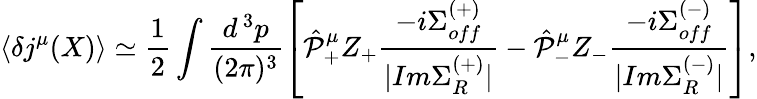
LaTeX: \langle\delta j^{\mu}(X)\rangle\simeq\frac{1}{2}\int\frac{d^{\, 3}p}{(2\pi)^{3}}\left[\hat{\cal P}_{+}^{\mu}Z_{+}\frac{-i\Sigma_{off}^{(+)}}{|Im\Sigma_{R}^{(+)}|}-\hat{\cal P}_{-}^{\mu}Z_{-}\frac{-i\Sigma_{off}^{(-)}}{|Im\Sigma_{R}^{(-)}|}\right],